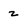
Character: z